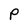
Character: P